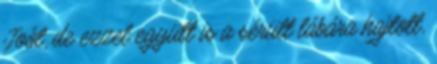
Joót, de ezzel együtt is a sérült lábára hajtott,